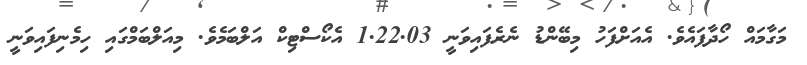
މަގާމައް ހޯދާފައެވެ. އެއަށްފަހު މިބޭންޑު ނެރެފައިވަނީ 1.22.03 އެކޯސްޓިކް އަލްބަމެވެ. މިއަލްބަމްގައި ހިމެނިފައިވަނީ